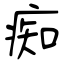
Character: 痴